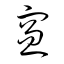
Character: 窓